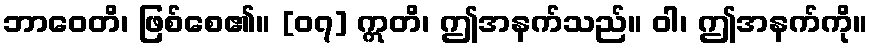
ဘာဝေတိ၊ ဖြစ်စေ၏။ [၀၇] ဣတိ၊ ဤအနက်သည်။ ဝါ၊ ဤအနက်ကို။